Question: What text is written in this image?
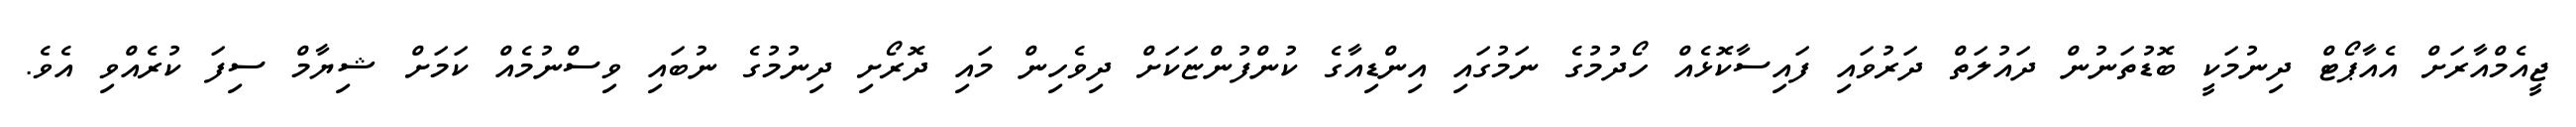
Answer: ޖީއެމްއާރަށް އެއާޕޯޓް ދިނުމަކީ ބޮޑުތަނުން ދައުލަތް ދަރުވައި ފައިސާކޮޅެއް ހޯދުމުގެ ނަމުގައި އިންޑިއާގެ ކުންފުންޏަކަށް ދިވެހިން މައި ދޮރޯށި ދިނުމުގެ ނުބައި ވިސްނުމެއް ކަމަށް ޝިޔާމް ސިފަ ކުރެއްވި އެވެ.